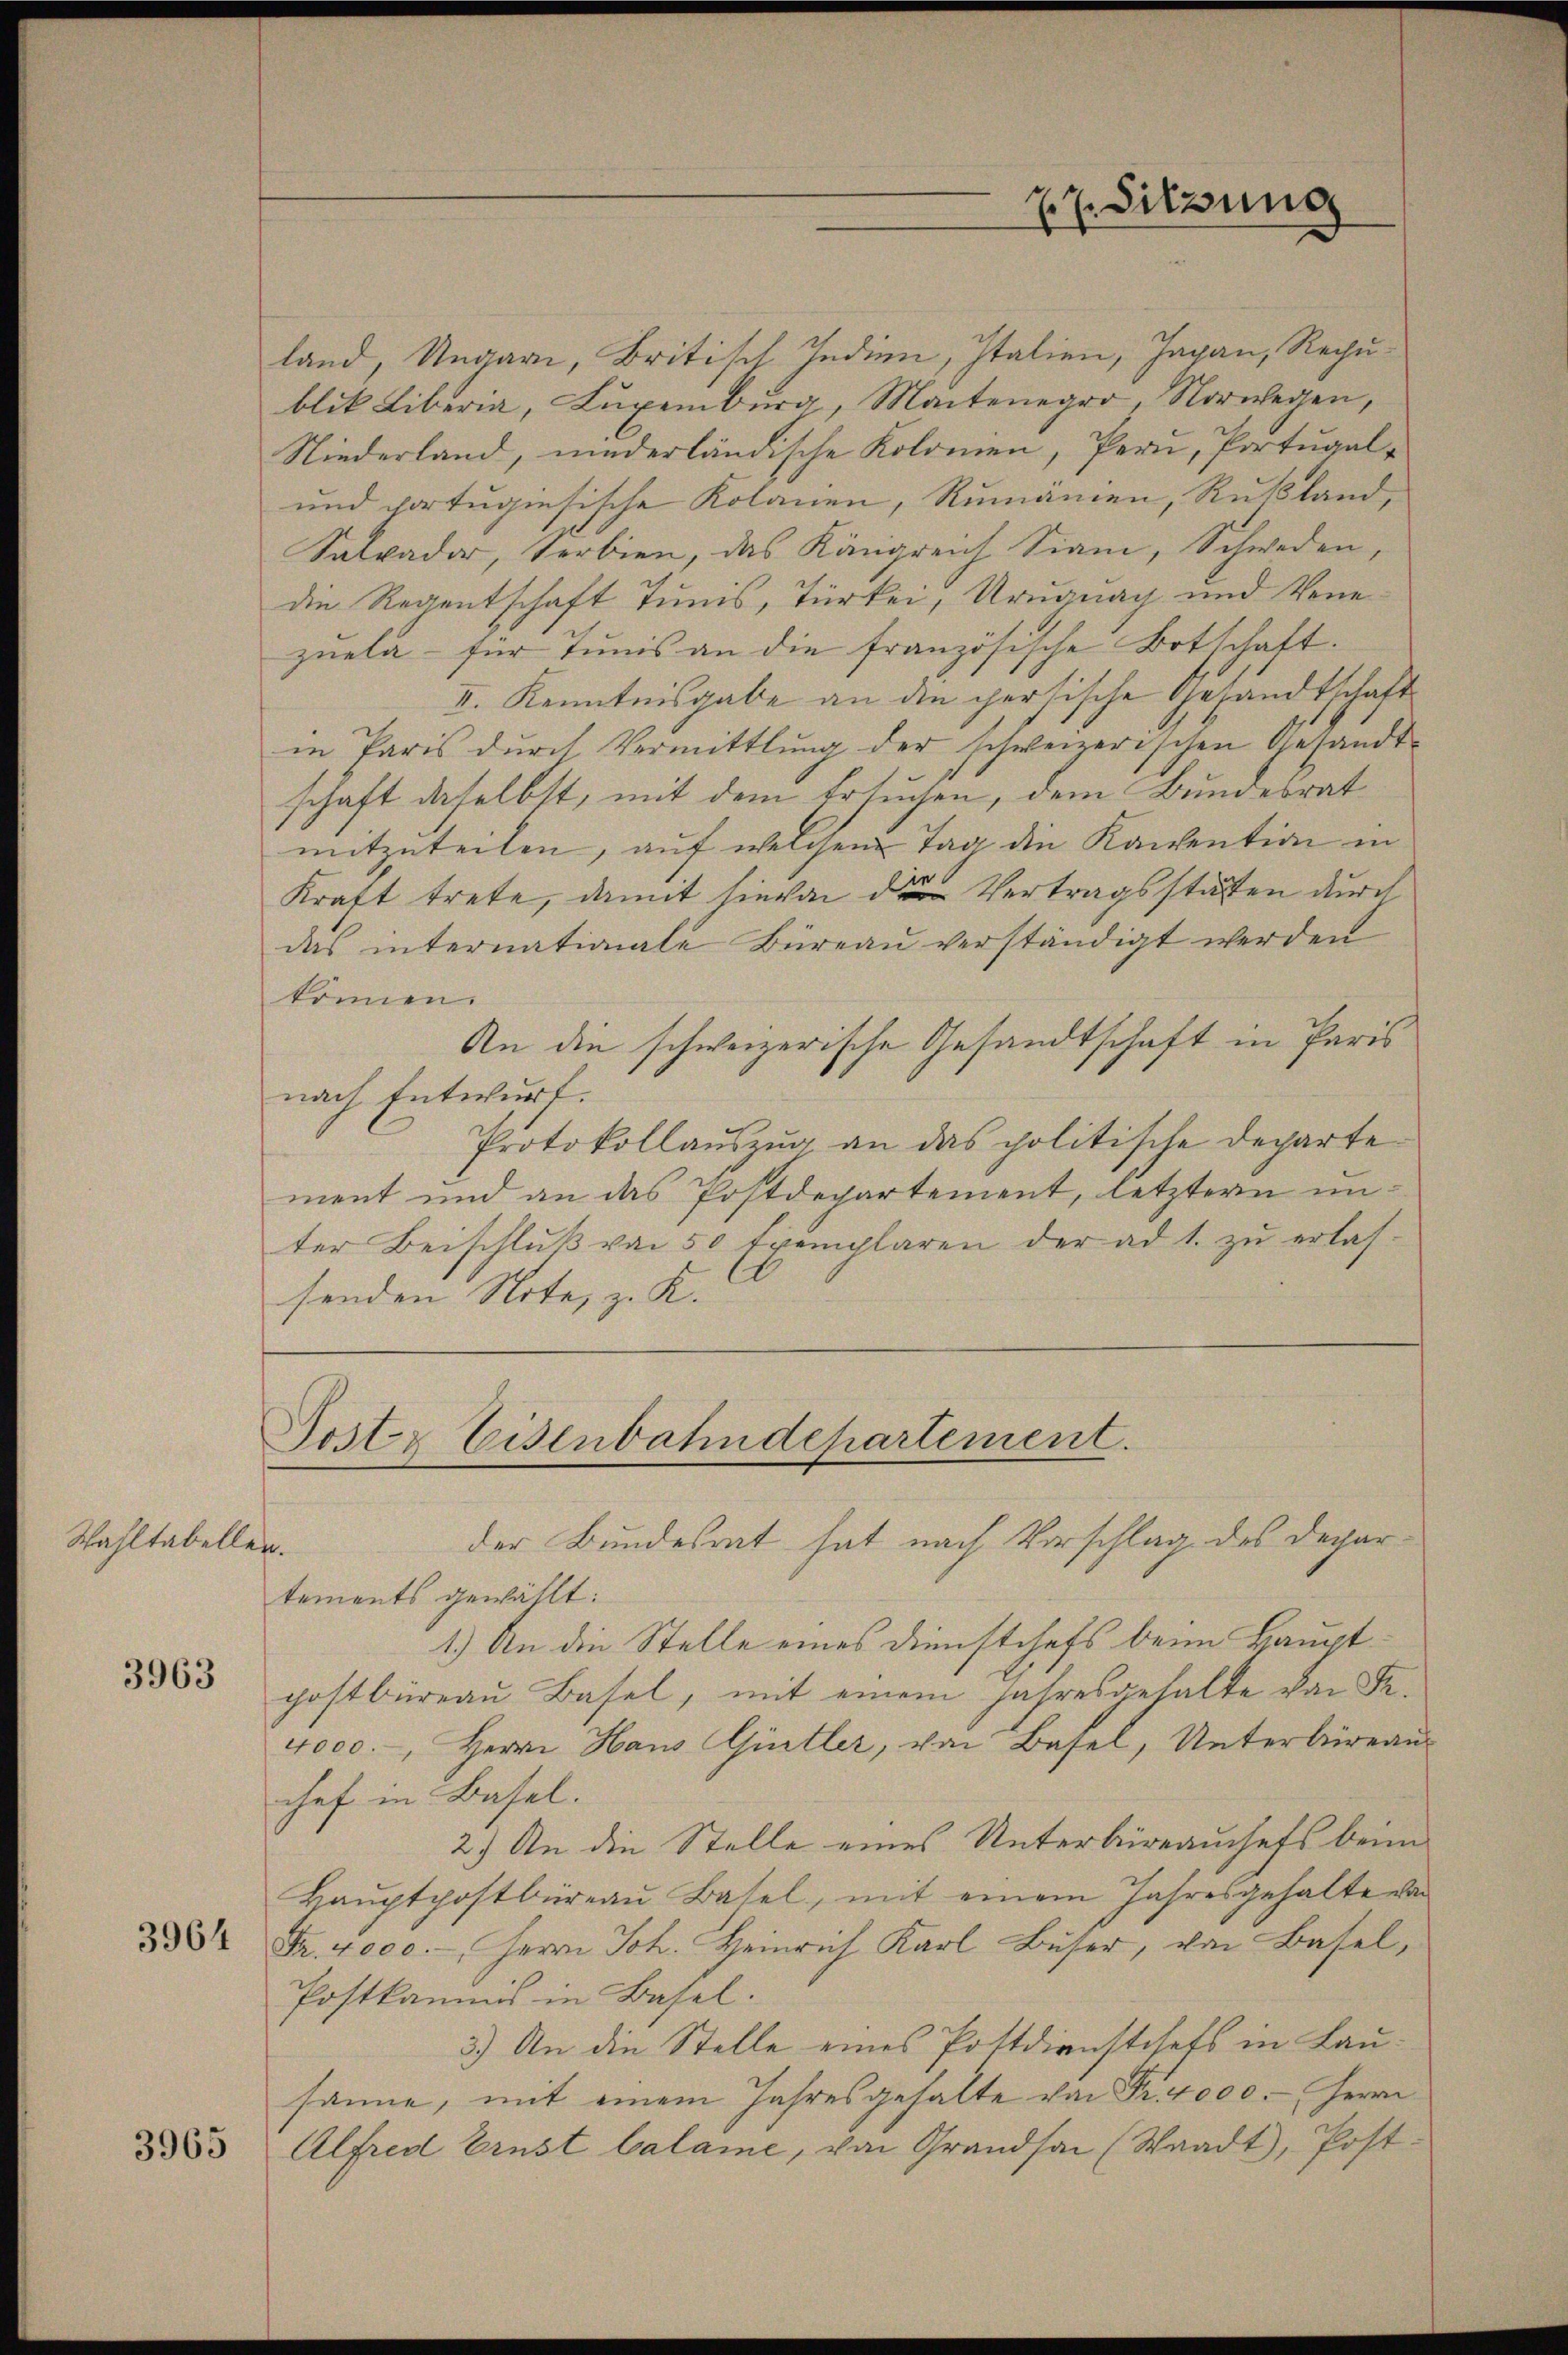
Wahltabellen.

3963

3964

3965

Sostr Eisenbahndepartement.
der Bundesrat hat nach Vorschlag des Depar

27. Sitzung

land, Ungarn, Britisch Indien, Italien, Jagan, Rechublik Liberia, Luxenburg, Martenegro, Norwegen,
Niederland, niederländische Kolomen, Pern, Portugal¬
und portugisische Kolonen, Rumanien, Rußland,
Salvador, Serbien, das Königreich Siani, Schweden,
die Regentschaft Tunis, Türkei, Urugung und Venezuela- für Tunis an die französische Botschaft.
II. Kenntnisgabe an die persische Gesandtschaft
in Paris durch Vermittlung der schweizerischen Gesandt-
schaft daselbst, mit dem Ersuchen, dem Bundesrat
mitzuteilen, auf welchem Tag die Kantention in
Kraft trete, damit hievon die Vertragsstatten durch
das internationale Büreaŭ verständigt werden
können.
An die schweizerische Gesandtschaft in Paris
nach Entwurf.
Protokollaŭszŭg an das politische Departe
ment und an das Postdepartement, letztern unter Beischlŭβ von 50 Exemplaren der ad 1. zŭ erlas-
senden Note, z. K.

tements gewählt:
1.) An die Stelle eines Dienstchefs beim Hauptpostbüreau Basel, mit einem Jahresgehalte von Fe¬
4000.-, Herrn Haus Giitler, von Basel, Unterbüreau
chef in Basel.
2.) An die Stelle eines Unterbrauchefs beim
Haŭptpostbüreaŭ Basel, mit einem Jahresgehalte von
Fr. 4000.-, Herrn Joh. Heinrich Karl Buser, von Basel,
Postkammis in Basel.
3.) An die Stelle eines Pottdienstehets in Lausane, mit einem Jahresgehalte von Fr. 4000. Herrn
Alfred Ernst balame, von Grandsan (Waadt, Post¬